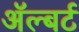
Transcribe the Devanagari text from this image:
अॅल्बर्ट